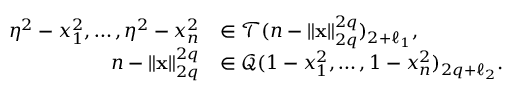
\begin{array} { r l } { \eta ^ { 2 } - x _ { 1 } ^ { 2 } , \ldots , \eta ^ { 2 } - x _ { n } ^ { 2 } } & { \in \mathcal { T } ( n - \| \mathbf { x } \| _ { 2 q } ^ { 2 q } ) _ { 2 + \ell _ { 1 } } , } \\ { n - \| \mathbf { x } \| _ { 2 q } ^ { 2 q } } & { \in \mathcal { Q } ( 1 - x _ { 1 } ^ { 2 } , \dots , 1 - x _ { n } ^ { 2 } ) _ { 2 q + \ell _ { 2 } } . } \end{array}